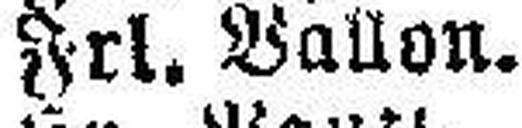
Frl. Ballon.